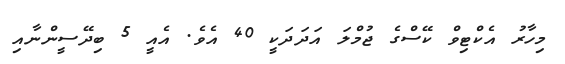
މިހާރު އެކްޓިވް ކޭސްގެ ޖުމްލަ އަދަދަކީ 40 އެވެ. އެއީ 5 ބިދޭސީންނާއި